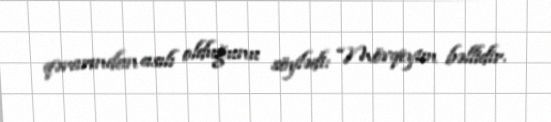
qərarından asılı olduğunu söylədi: “Mövqeyim bəllidir.